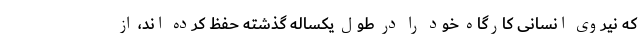
که نیروی انسانی کارگاه خود را در طول یکساله گذشته حفظ کرده اند، از